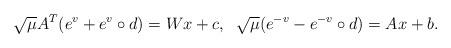
LaTeX: \begin{align*} \sqrt \mu A^T(e^v + e^v \circ d) = Wx + c, \;\; \sqrt \mu (e^{-v} - e^{-v} \circ d) = Ax + b. \end{align*}